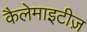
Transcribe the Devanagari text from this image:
कैलेमाइटीज़